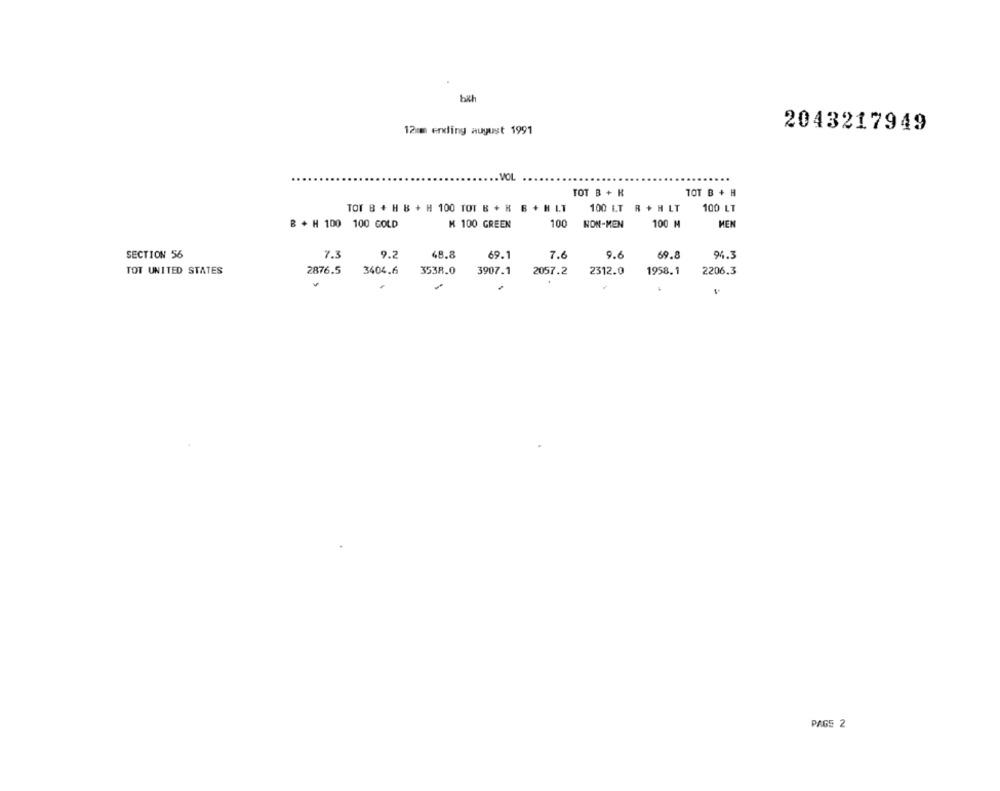
bith
12mm ending august 1991
2043217949
MOL
TOT B + K
TOT B + H
TOT B + H B + H 100 TOT B + H B + H LT
100 ET R + H LT
100 LT
B + H 100 100 GOLD
K 100 GREEN
100
NON-MEN
100 M
MEN
SECTION 56
68.8
7.3
9.2
69.1
7.6
9.6
69.8
94.3
TOT UNITED STATES
3404.6
3538.0
3907.1
1958. 1
2876.5
2057.2
2312.0
2206.3
PAGE 2